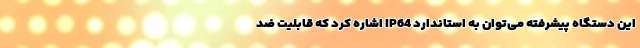
این دستگاه پیشرفته می‌توان به استاندارد IP64 اشاره کرد که قابلیت ضد